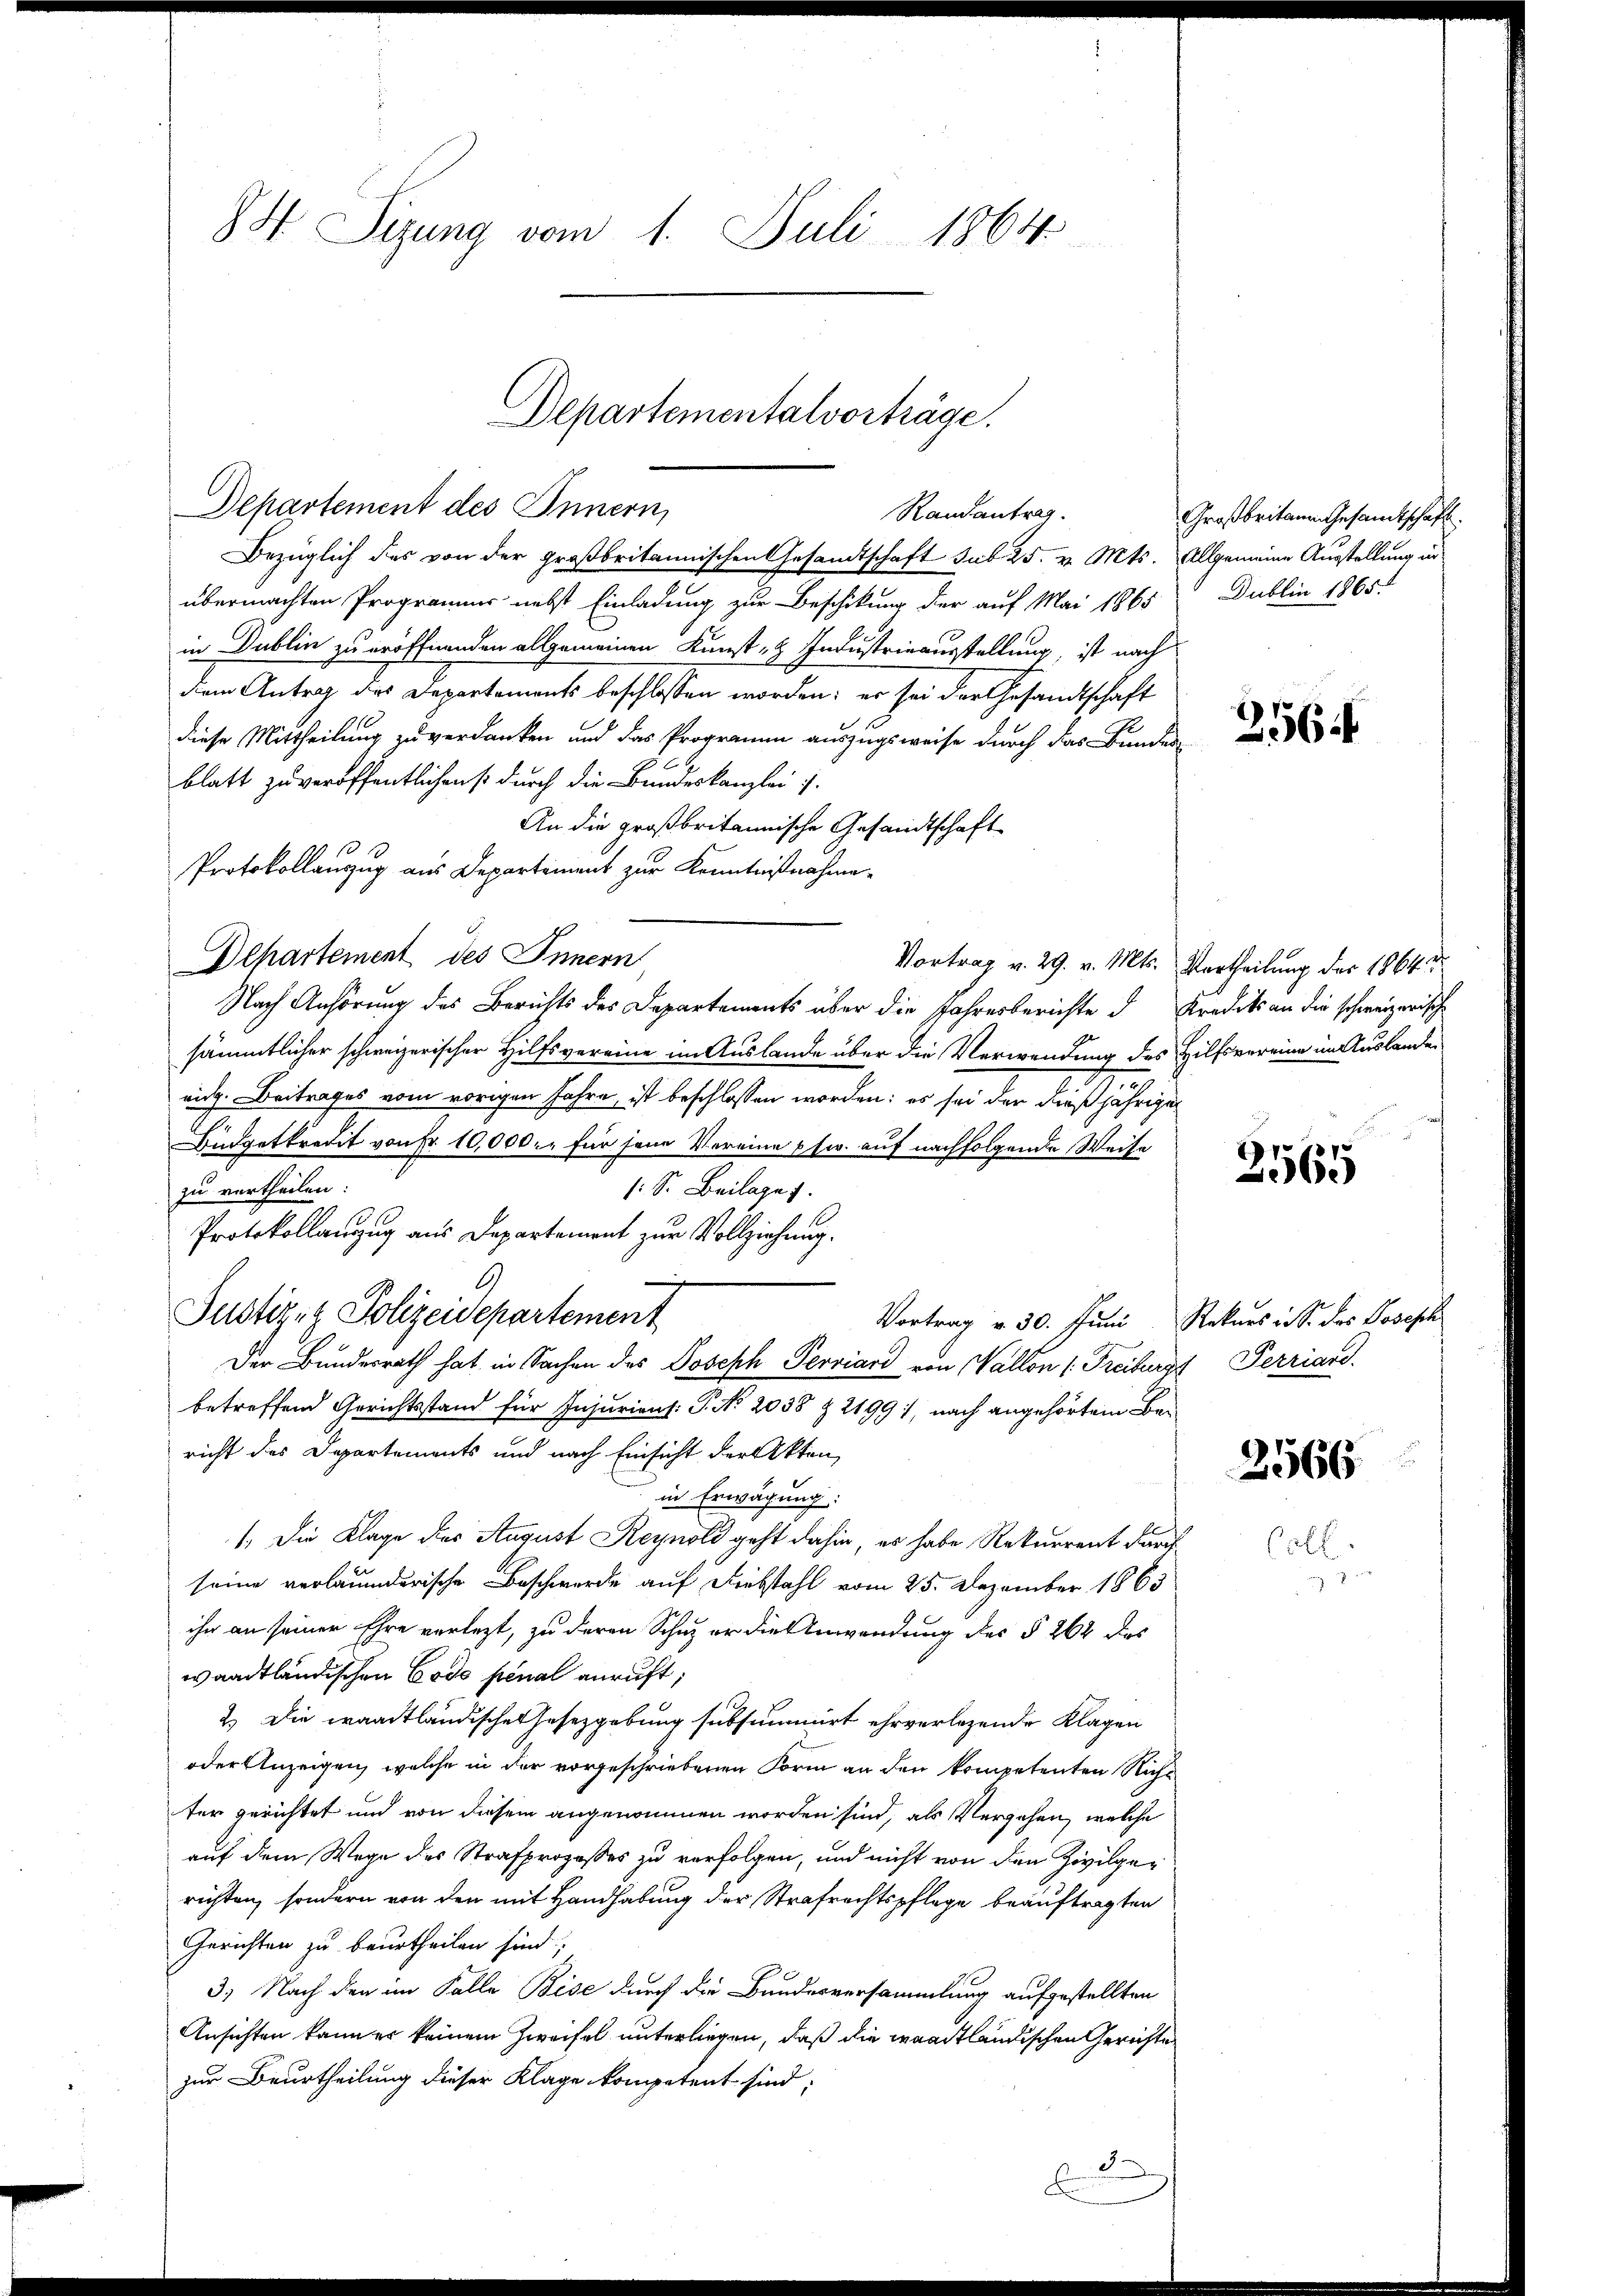
8H Sizung vom 1. Juli 1864

Departementalvorträge.
Randantrag.

Departement des Innern,
Bezüglich des von der großbritannischen Gesandtschaft sub 25. v. Mts.
übermachten Programms nebst Einladung zur Beschikung der auf Mai 1865
in Dublin zu eröffnenden allgemeinen Kunst- & Industrieausstellung, ist nach
dem Antrag des Departements beschlossen worden; er sei der Gesandtschaft
diese Mittheilung zu verdanken und das Programm auszugsweise durch das Bunden
blatt zu veröffentlichens durch die Bundeskanzlei 7.
An die großbritannische Gesandtschaft
Protokollauszug aus Departiment zur Kenntnißnahme.
Departement des Innern
Vortrag v. 29. v. Mts.
Nach Anhörung des Berichts des Departements über die Jahresberichte d. Kredits an die schweizerische
sämmtlicher schweizerischer Hilfsvereine im Auslande über die Verwendung des Hilfsvereine im Auslanden
.
eich. Beitrages vom vorigen Jahre, ist beschlossen worden: es sei der dießjährigen
Büdgetkredit von Fr. 10,000.- für seine Vereine usw. auf nachfolgende Weise
zu vertheilen:
: S. Beilage.
Protokollanzug aus Departement zur Vollziehung.
6)
Justizenz Polizeidepartement
Vortrag v. 30. Juni
Der Bundesrath hat in Sachen des Joseph Perriard von Vallon 1. Freiburg Perriand
betreffend Gerichtsstand für Injuriens: P. No. 2038 & 21991, nach angehörtem Bericht des Departements und nach Einsicht der Akten,
in Erwägung:
1. Die Klage des August Reynold geht dahin, es habe Rekurrent durchseine verleumderische Beschwerde auf Diebstahl vom 25. Dezember 1865
ihr an seiner Ehre verlegt, zu deren Schuz er die Anwendung des § 264 das
waadtländischen Code pénal anruft,
2.) Die waadtländische Gesetzgebung subsummirt ehrverlegende Klagen
oder Anzeigen, welche in der vorgeschriebenen Form an den kompetenten Nicht
ter gerichtet und von diesem angenommen worden sind, als Vergehen, welche
auf dem Wege des Strafprozesses zu verfolgen, und nicht von den Zivilgerichten, sondern von den mit Handhabung der Strafrechtspflege beauftragten
Gerichten zu beurtheilen sind;
3. Nach den im Falle Bise durch die Bundesversammlung aufgestellten
Ansichten kann er keinem Zweifel unterliegen, daß die waadtländischen Gerichte
zur Beurtheilung dieser Klage kompetent sind;
d

F

Großbritann Gesamtschaft.
Allgemeine Ausstellung in
Dublin 1865.

256.

Vertheilung der 1864.

3565

Rekurs in S. des Joseph

2566